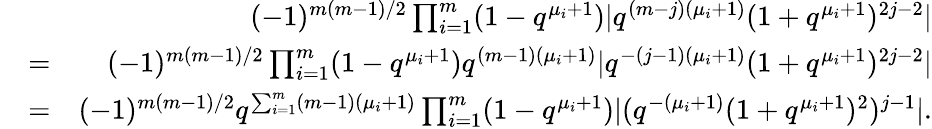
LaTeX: \begin{array}{rlr}&{}&{(-1)^{m(m-1)/2}\prod_{i=1}^{m}(1-q^{\mu_{i}+1})\vert q^{(m-j)(\mu_{i}+1)}(1+q^{\mu_{i}+1})^{2j-2}\vert}\\ &{=}&{(-1)^{m(m-1)/2}\prod_{i=1}^{m}(1-q^{\mu_{i}+1})q^{(m-1)(\mu_{i}+1)}\vert q^{-(j-1)(\mu_{i}+1)}(1+q^{\mu_{i}+1})^{2j-2}\vert}\\ &{=}&{(-1)^{m(m-1)/2}q^{\sum_{i=1}^{m}(m-1)(\mu_{i}+1)}\prod_{i=1}^{m}(1-q^{\mu_{i}+1})\vert(q^{-(\mu_{i}+1)}(1+q^{\mu_{i}+1})^{2})^{j-1}\vert.}\end{array}